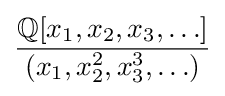
{\frac {\mathbb {Q} [x_{1},x_{2},x_{3},\ldots ]}{(x_{1},x_{2}^{2},x_{3}^{3},\ldots )}}